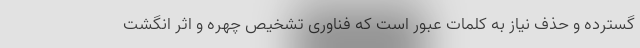
گسترده و حذف نیاز به کلمات عبور است که فناوری تشخیص چهره و اثر انگشت